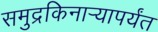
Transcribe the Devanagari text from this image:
समुद्रकिनार्‍यापर्यंत